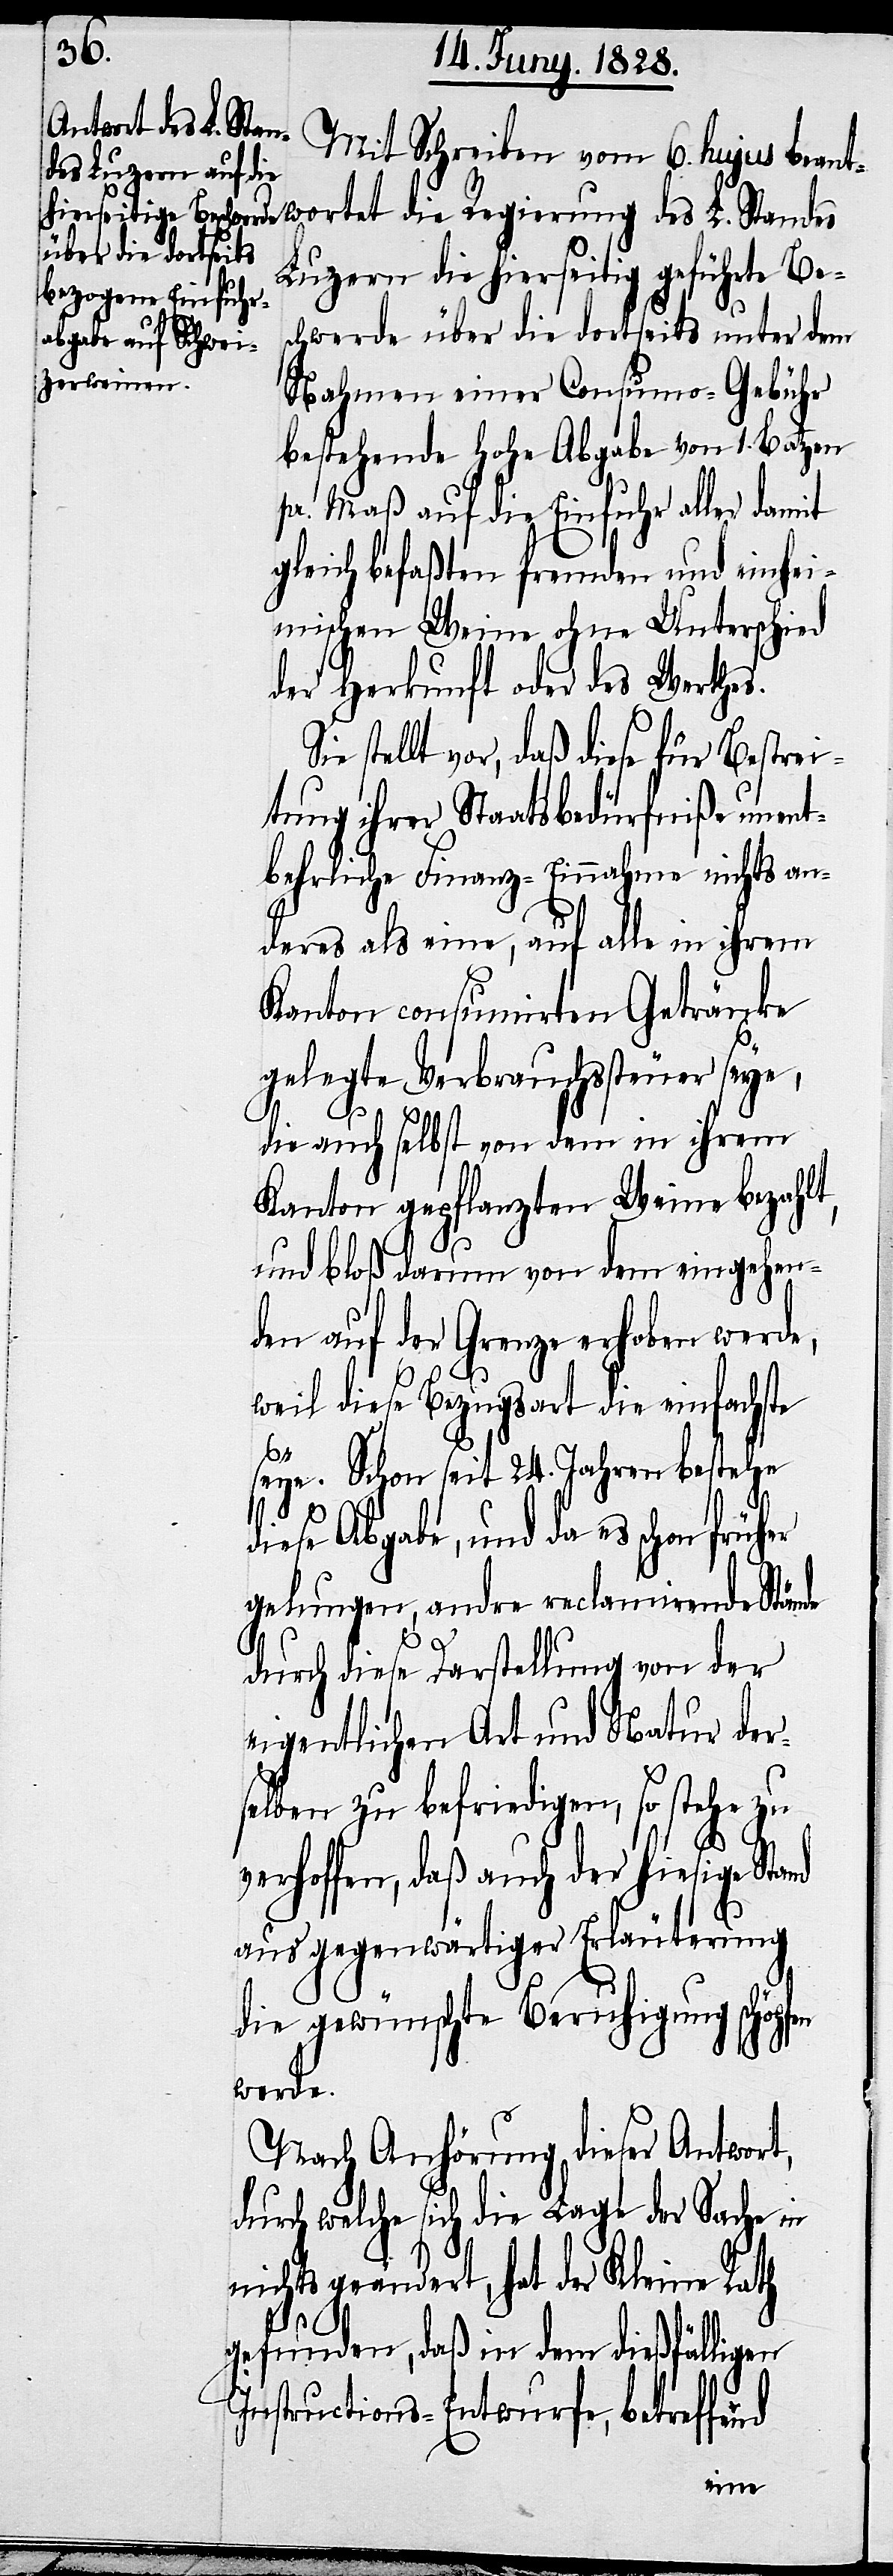
Mit Schreiben vom 6. hujus beant¬
Luzern die hierseitig geführte Bes¬
chwerde über die dortseits unter dem
Nahmen einer Consumo-Gebühr
bestehende hohe Abgabe von 1. Batzen
pr. Maß auf die Einfuhr aller damit
gleich befaßten fremden und einhei¬
mischen Weine ohne Unterschied
der Herkunft oder des Werthes.
stellt vor, daß diese für Bestrei¬
tung ihrer Staatsbedürfniße unent¬
behrliche Finanz-Einnahme nichts an¬
deres als eine, auf alle in ihrem
Kanton consumirten Getränke
gelegte Verbrauchssteuer seye,
nd
die auch selbst von dem in ihrem
Kanton gepflanzten Weine bezahlt,
und bloß darum von dem eingehen¬
den auf der Grenze erhoben werde,
weil diese Bezugsart die einfachste
seye. Schon seit 24. Jahren bestehe
diese Abgabe, und da es schon früh¬
gelungen, andre reclamirende Stände
die
durch diese Darstellung von der
eigentlichen Art und Natur der¬
selben zu befriedigen, so stehe zu
verhoffen, daß auch der hiesige Sta¬
aus gegenwärtiger Erläuterung
die gewünschte Beruhigung schöpfen
werde.
Nach Anhörung dieser Antwort,
durch welche sich die Lage der Sache in
nichts geändert, hat der Kleine Rath
gefunden, daß in dem dießfälligen
Instructions-Entwurfe, betreffend
wortet